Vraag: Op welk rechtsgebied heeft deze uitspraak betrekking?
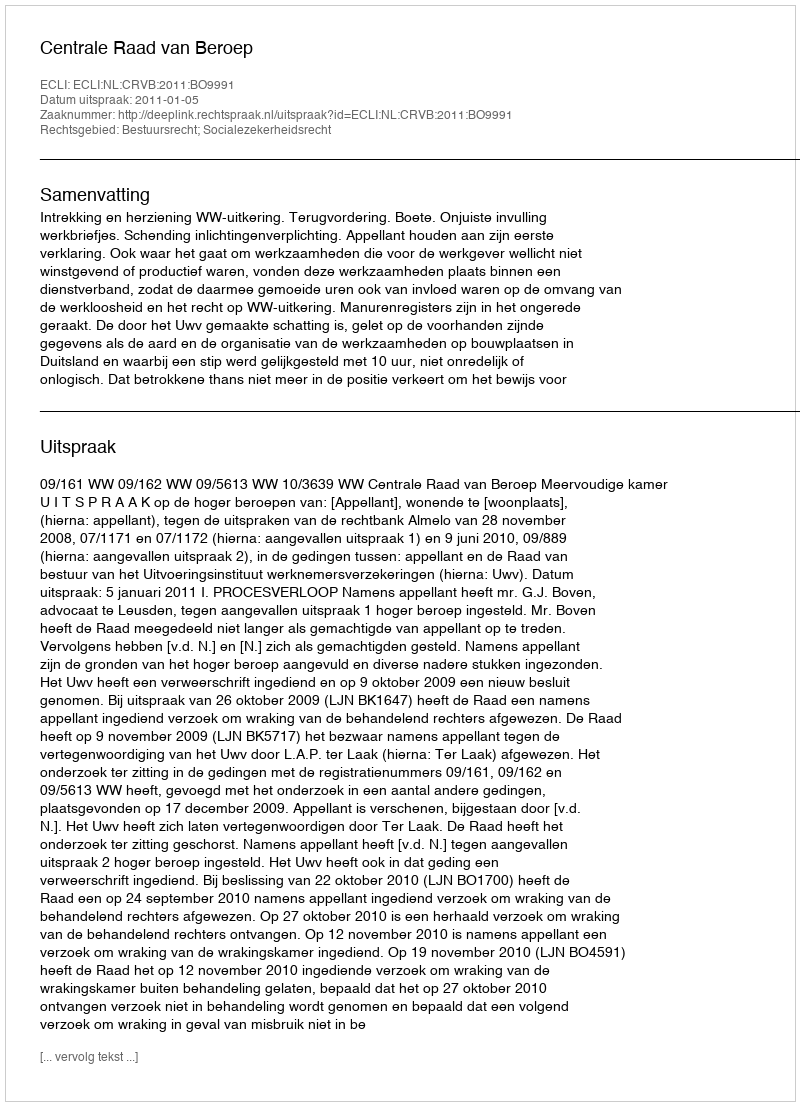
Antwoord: Bestuursrecht; Socialezekerheidsrecht